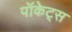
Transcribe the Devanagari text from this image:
पॉकेट्स